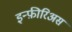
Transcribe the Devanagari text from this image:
इन्फ़ीरिअस